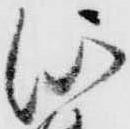
河